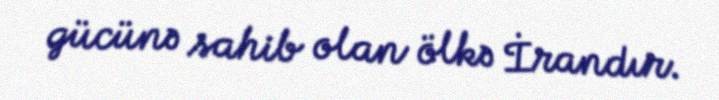
gücünə sahib olan ölkə İrandır.